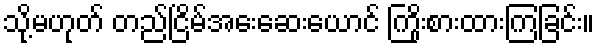
သို့မဟုတ် တည်ငြိမ်အေးဆေးယောင် ကြိုးစားထားကြခြင်း။